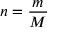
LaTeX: n = { \frac { m } { M } }